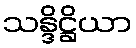
သန္ဒိဋ္ဌိယာ